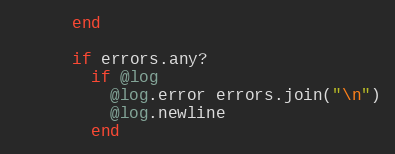
Language: Ruby
      end

      if errors.any?
        if @log
          @log.error errors.join("\n")
          @log.newline
        end